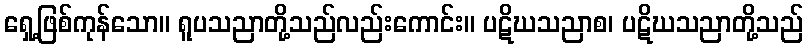
ရှေ့ဖြစ်ကုန်သော။ ရူပသညာတို့သည်လည်းကောင်း။ ပဋိဃသညာစ၊ ပဋိဃသညာတို့သည်